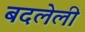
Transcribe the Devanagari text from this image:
बदलेली